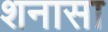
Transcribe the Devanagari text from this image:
शनासा